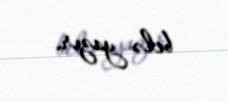
belə yazır.